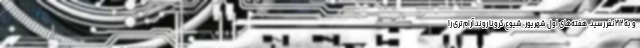
و به ۲۱۲نفر رسید. هفته‌های اول شهریور، شیوع کرونا روند آرام‌تری را